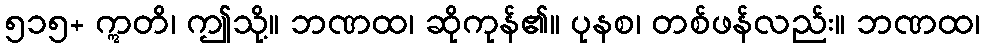
၅၁၅+ ဣတိ၊ ဤသို့။ ဘဏထ၊ ဆိုကုန်၏။ ပုနစ၊ တစ်ဖန်လည်း။ ဘဏထ၊